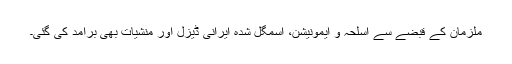
ملزمان کے قبضے سے اسلحہ و ایمونیشن، اسمگل شدہ ایرانی ڈیزل اور منشیات بھی برآمد کی گئی۔